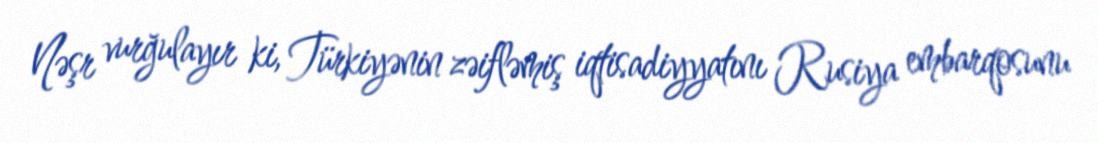
Nəşr vurğulayır ki, Türkiyənin zəifləmiş iqtisadiyyatını Rusiya embarqosunu